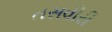
તસવીરી